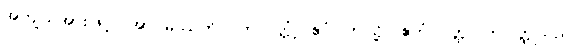
အကျယ်အားဖြင့်။ အာဂမိဿတိ၊ လာလတ္တံ့။ ဧဝံ၊ ဤသို့။ ဧတံ ဝတ္ထု၊ ဤဝတ္ထုသည်။